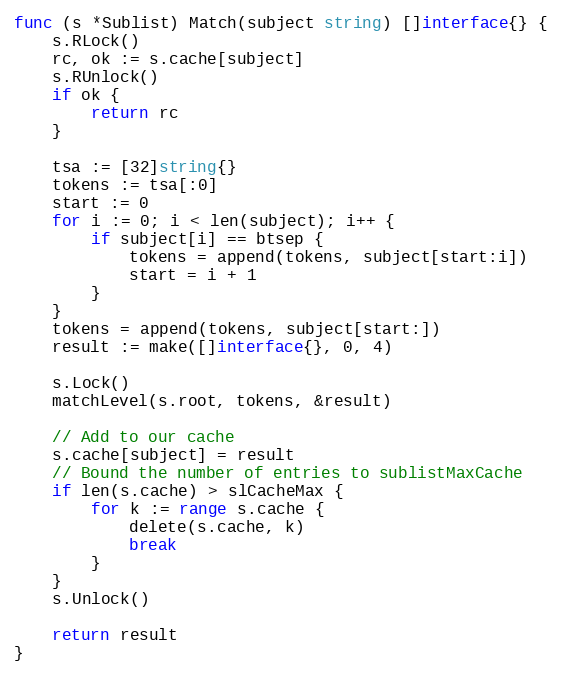
Language: Go
func (s *Sublist) Match(subject string) []interface{} {
	s.RLock()
	rc, ok := s.cache[subject]
	s.RUnlock()
	if ok {
		return rc
	}

	tsa := [32]string{}
	tokens := tsa[:0]
	start := 0
	for i := 0; i < len(subject); i++ {
		if subject[i] == btsep {
			tokens = append(tokens, subject[start:i])
			start = i + 1
		}
	}
	tokens = append(tokens, subject[start:])
	result := make([]interface{}, 0, 4)

	s.Lock()
	matchLevel(s.root, tokens, &result)

	// Add to our cache
	s.cache[subject] = result
	// Bound the number of entries to sublistMaxCache
	if len(s.cache) > slCacheMax {
		for k := range s.cache {
			delete(s.cache, k)
			break
		}
	}
	s.Unlock()

	return result
}